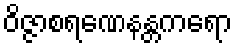
ဝိဇ္ဇာစရဏေနန္တကရော